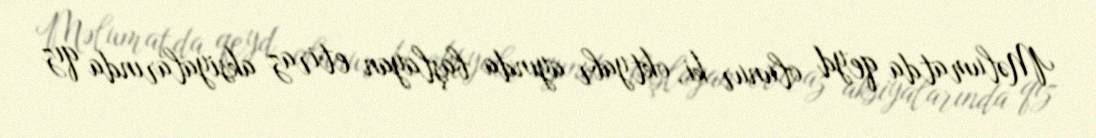
Məlumatda qeyd olunur ki, oktyabr ayında başlayan etiraz aksiyalarında qız